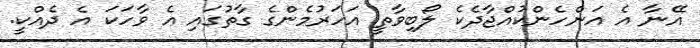
އޭނާ އެ އަންހެންކުއްޖާދެކެ ލޯބިވާތީ އަހަރުމެންގެ ގާތުގައި އެ ވާހަކަ އެ ދެއްކީ.